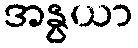
အနွယာ